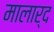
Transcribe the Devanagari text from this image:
मालार्द